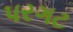
પરગટ